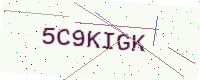
Text: 5C9KIGK